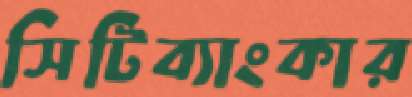
সিটিব্যাংকার